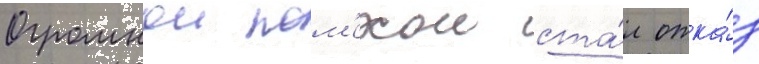
Огромнои пом'ехои ста́л отка́з